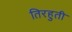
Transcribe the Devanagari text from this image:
तिरहुती